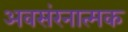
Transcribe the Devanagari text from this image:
अवसंरनात्मक